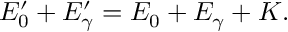
E _ { 0 } ^ { \prime } + E _ { \gamma } ^ { \prime } = E _ { 0 } + E _ { \gamma } + K .